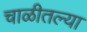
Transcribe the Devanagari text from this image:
चाळीतल्या